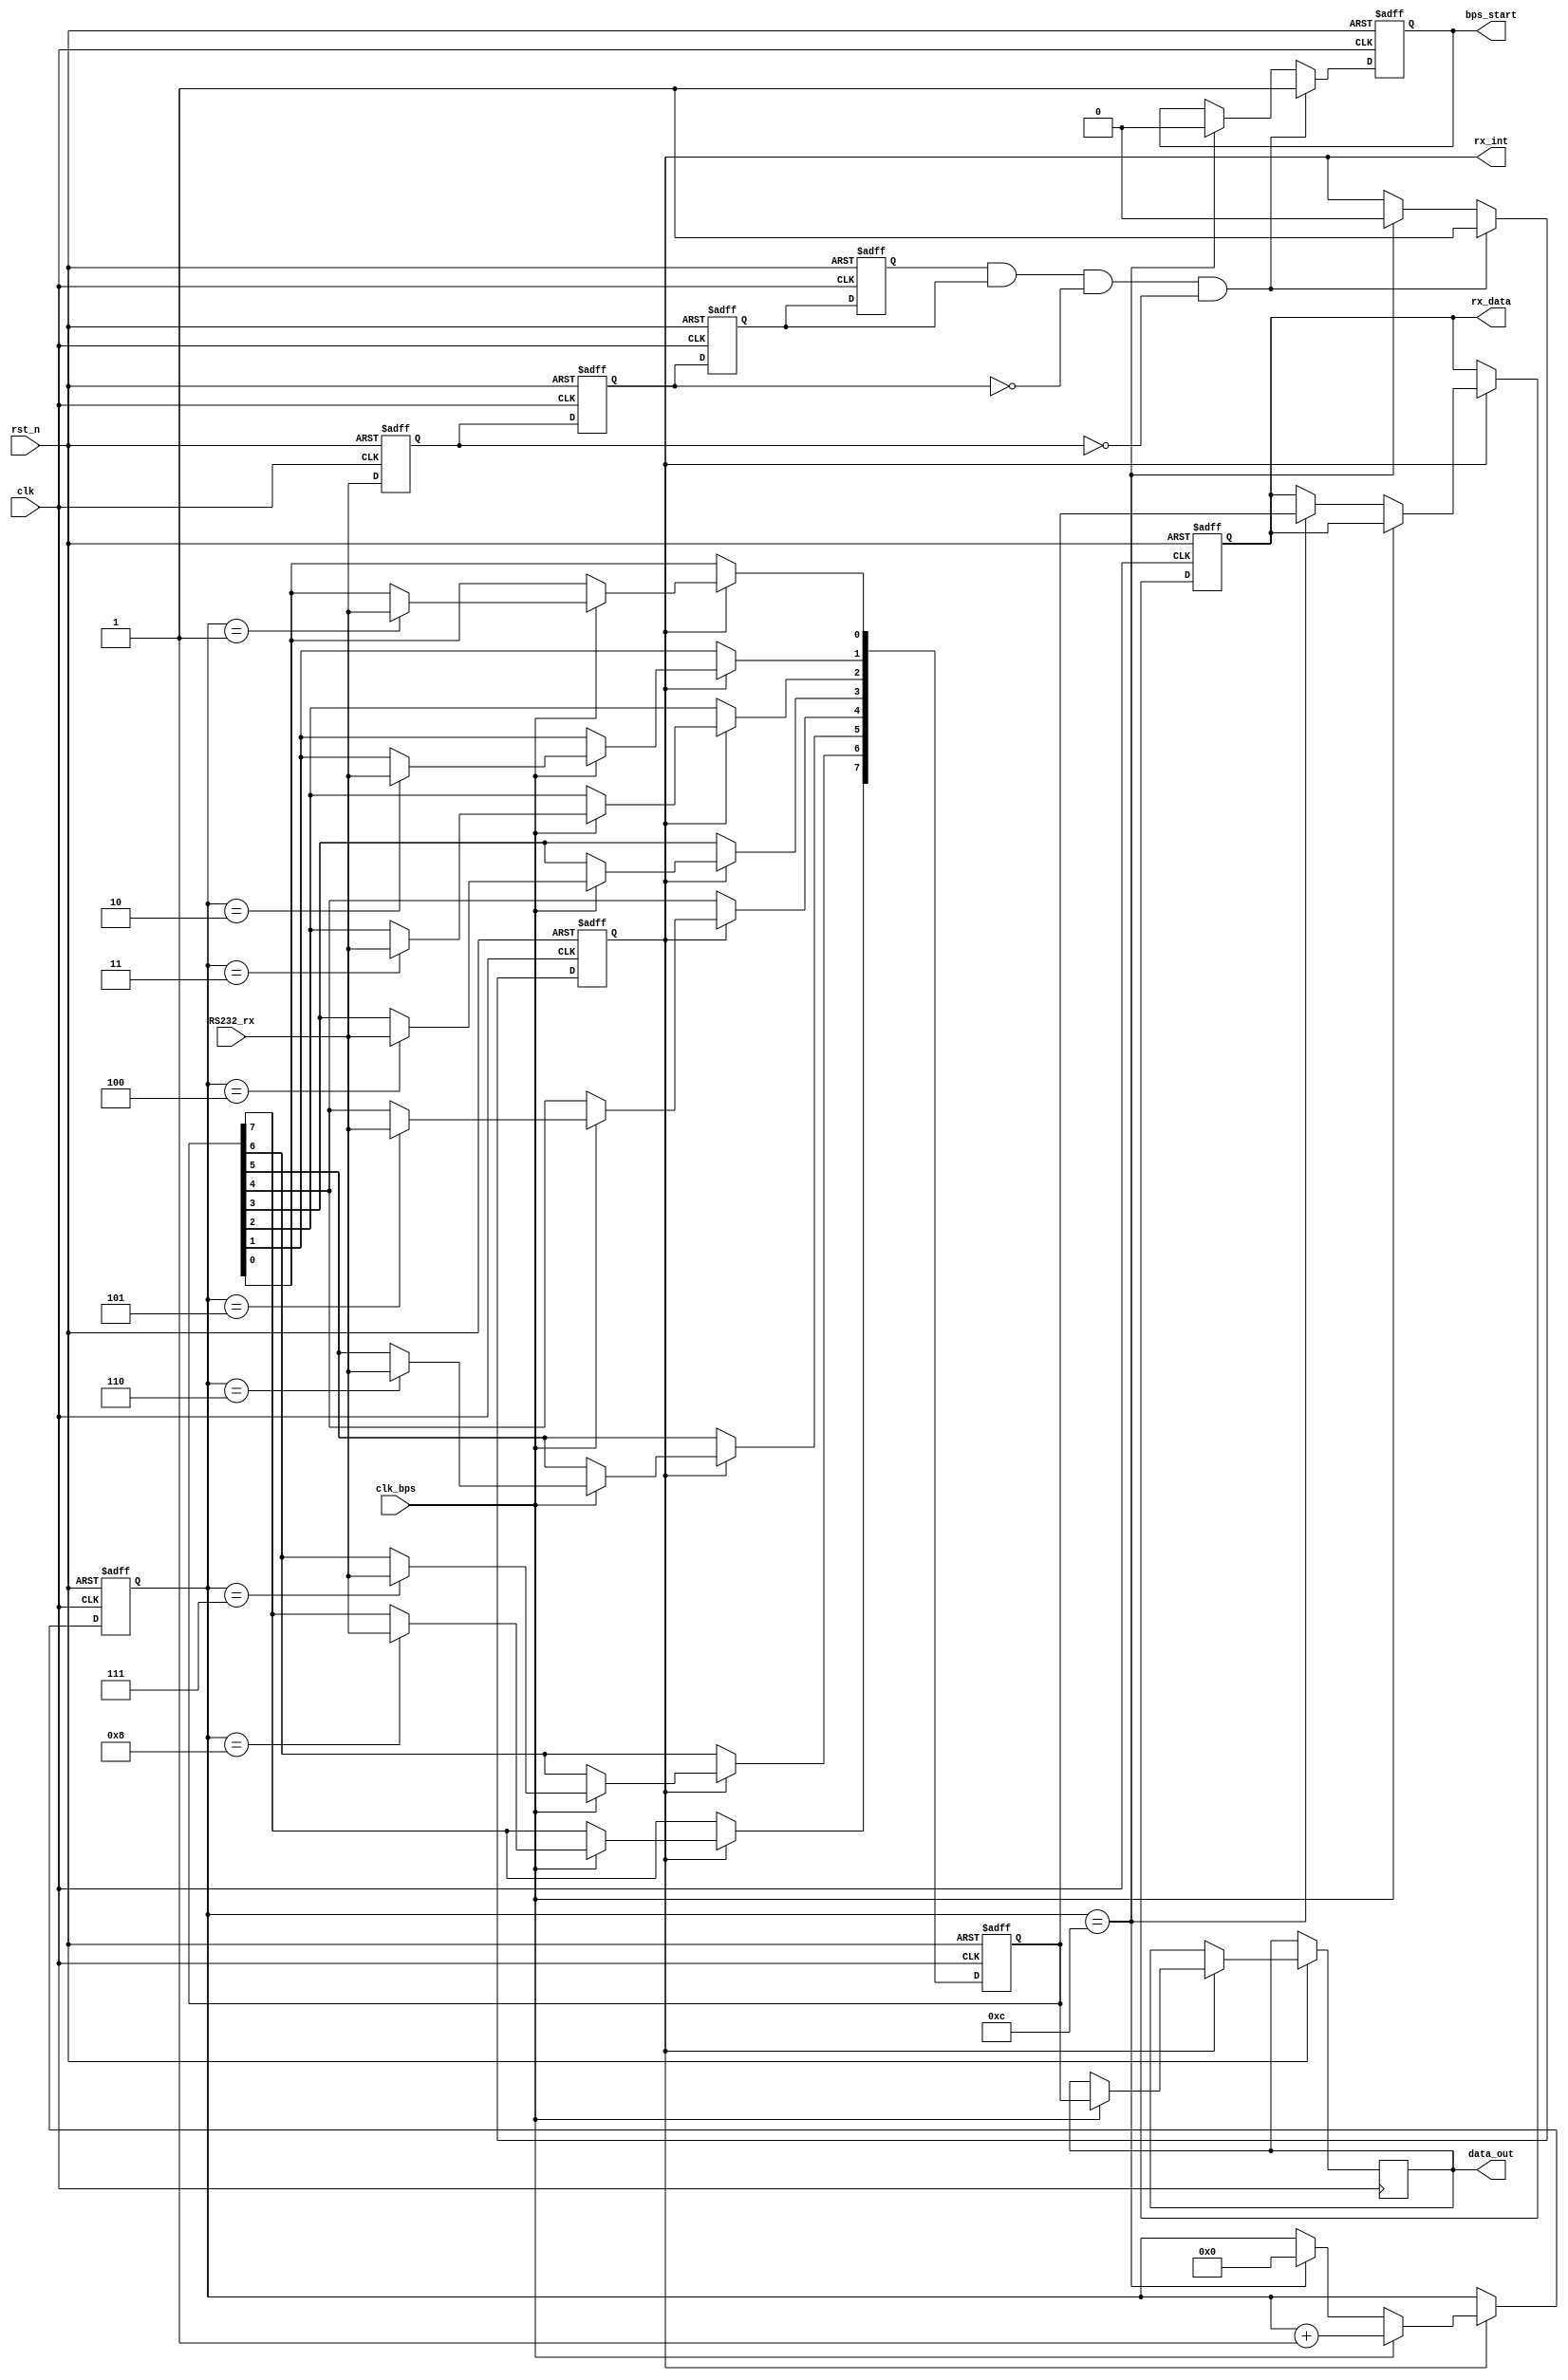
module UART_rx(
        clk,
        rst_n,
        bps_start,
        clk_bps,
        RS232_rx,
        rx_data,
        rx_int,
        data_out
    );
    input clk;   //
    input rst_n;  //
    input RS232_rx; //
    input clk_bps;  //
    output bps_start; //,
    output [7:0] rx_data;//
    output rx_int;  //,
    output reg [7:0]data_out;
    reg RS232_rx0,RS232_rx1,RS232_rx2,RS232_rx3;//
    wire neg_RS232_rx;//
    
 always @(posedge clk or negedge rst_n) begin
     if(!rst_n) begin
      RS232_rx0 <= 1'b0;
      RS232_rx1 <= 1'b0;
      RS232_rx2 <= 1'b0;
      RS232_rx3 <= 1'b0;
     end
     
     else begin
      RS232_rx0 <= RS232_rx;
      RS232_rx1 <= RS232_rx0;
      RS232_rx2 <= RS232_rx1;
      RS232_rx3 <= RS232_rx2;
     end
    end
    assign neg_RS232_rx = RS232_rx3 & RS232_rx2 & ~RS232_rx1 & ~RS232_rx0;//
    reg bps_start_r;
    reg [3:0] num;//
    reg rx_int;  //
    
 always @(posedge clk or negedge rst_n)
     if(!rst_n) begin
      bps_start_r <=1'bz;
      rx_int <= 1'b0;
     end
     else if(neg_RS232_rx) begin//
     bps_start_r <= 1'b1;  //,
      rx_int <= 1'b1;   //
     end
     else if(num==4'd12) begin //,
      bps_start_r <=1'b0;  //,,
      rx_int <= 1'b0;   //
     end
    
  assign bps_start = bps_start_r;
     
     reg [7:0] rx_data_r;//
     reg [7:0] rx_temp_data;//
     
     always @(posedge clk or negedge rst_n)
      if(!rst_n) begin
        rx_temp_data <= 8'd0;
        num <= 4'd0;
        rx_data_r <= 8'd0;
      end
      else if(rx_int) begin //
       if(clk_bps) begin
        num <= num+1'b1;
        case(num)
        4'd1: rx_temp_data[0] <= RS232_rx;
        4'd2: rx_temp_data[1] <= RS232_rx;
        4'd3: rx_temp_data[2] <= RS232_rx;
        4'd4: rx_temp_data[3] <= RS232_rx;
        4'd5: rx_temp_data[4] <= RS232_rx;
        4'd6: rx_temp_data[5] <= RS232_rx;
        4'd7: rx_temp_data[6] <= RS232_rx;
        4'd8: rx_temp_data[7] <= RS232_rx;
        default: ;
      endcase
      data_out <= rx_temp_data;
     end
     else if(num==4'd12) begin
      num <= 4'd0;   //
      rx_data_r <= rx_temp_data;
     end          
    end
   assign rx_data = rx_data_r;
endmodule